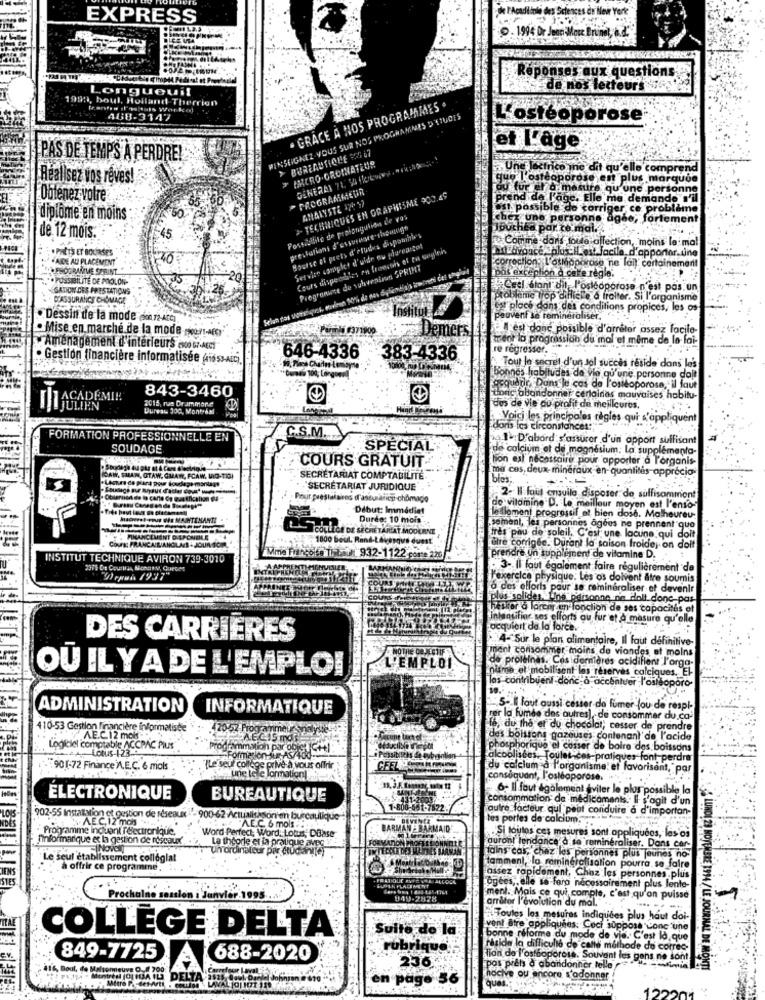
EXPRESS
. 1994 Dr Jour More Bruna, . 2.
x ques
Réponses
Longueuil
de no
1999, boul, Holland Therrien
· GRACE A NOS PROGRAMMES .
468-3147
RENSEIGNEZ-VOUS SUR NOS PROCHAINES D'ETUDES
L'ostéoporose
> BUREAUTIQUE 26 67
et L'age
PAS DE TEMPS À PERDRE!
INCRO.GROINATEUR
GENERAL 71 549C/CWWW.
Une lectrico ine dit qu'elle comprend
Réalisez vos rêves!
que l'ostéoporose en plus marque
PROGRAMMIEUR
ou fur el a mesure qu'une per
Obtenez votre
> TECHNIQUES EN GRAPHISME 900.49
ANALYSTE 170 37
prend de l'age. Elle me demande
ost possible de corriger ce problème
diplôme en moins
Possibilité de prolongation de vas
cher une personne ag
e, fortem
prestations d'assurance chounign
Jouchea par te mal ...
de 12 mois.
Bourse et prets d'etudes disponinies
Comme dans toute allection, moins lem
. PRETS ET BOCIRSE'S
Service complet d'uhie ou pureastat
Cours disponibles en lacesans et en sagleh
AIDE AU PLACEMENT
correction: L'ostéoporose ne lall' certai
***. ESOGRAMME STEINT
Programune de subvenir SPRINT
POSSIBILITÉ DE POOLON-
pas exception d cere règle.
SATION DES PRESTATIONS
Ceel étant dit l'ostéoporose n'est pas.un
D'ASSURANCE CHÔMAGE
probleme top diflicke & traiter. Si l'organisme
to place dans des conditions propices,
. Dessin de la mode (ich 72-Arc]
peuvent se remineraliser.
Mise en marche de la mode wort-Afor"
Demers
C'est donc possible d'arrêter assez facile-
teot la progression du mal et même de lo foi
Aménagement d'intérieurs (100 G7-ACC)
re régresser.
·Gestion financière informatisée (+16 St-Aic).
646-4336
383-4336
Tout le secret d'un sol succes reside dans le
bonnes habitudes de vie qu'une personne d
843-3460
acquadr. Dans le cas de l'ostéoporose, il faut
2015, rus Drammore
tions abandonner certainas mauvaises habitu-
Dureau 300, Montebal
dos de Vie au profit de meilleures.
Voici les principales règles qui s'appliquent
C.S.M
dans les circonstances:
FORMATION PROFESSIONNELLE EN
palu:D'abord s'assurer d'un apport suffisant
SOUDAGE
SPECIAL
de calcium et de magnésium; La supplemento-
COURS GRATUIT.
tion est nécessaire pour apporter a l'organis-
ma cos, deux- minéraux en quantités-apprecia
IOAW, SHAW, OTAW, GUAW, FCAW, MID-TIGI
. Lecture de para pour Ho
SECRÉTARIAT COMPTABILITÉ
bolos:
"SECRETARIAT JURIDIQUE
Pour prestataires d'assurance chongo
2- I foul crsulle disposer de suffisamment
Début: Immédiat
de vitamine D. Le meilleur moyen est l'enso-
haceest-Foug Wis MAINTENANT!
Durée: 10 mois
leilloment progressif et bien dose. Malheureu-
ICOLLEICH DE SECRETARIAT MODERNE,
Cement, les personnes agées ne prennent que
FINANCEMENT DIEPONERLE
1800 beul. Rand-Levesque dusst.
tres pau de soleil. C'est une lacune qui doit
Cours: FRANCAIRIANGLAS & JOUR SOM
tre corrigée. Durant la saison froide, on doit
INSTITUT TECHNIQUE AVIRON 739-3010
Mine Fulycolo Tibet 932-1122. poste 220
prendre Un supplément de vitamine D.
3- Il faut également faire régulièrement de
Wepas 1937"
l'exercice physique: Les os doivent être soumis
o des efforts pour se remineraliser et devenir
plus solides. Une personne ne dlalt donc pas-
hetker o forcer en fonction de ses capacités et
'inlantifine ses efforts au fur et à mesure qu'elle
acquiert da la force.
DES CARRIÈRES
.4- Sur le plan alimentaire, Il faut définitive-
ment consommer moins de viandes at moins
de proleinas. Coside
Ières ocidifient l'orga-
OU IL Y A DE L'EMPLOI
L'EMPLOI
nisme el mobilisent
serves calciques. El
las contribuent donc:d
soro-
ADMINISTRATION
INFORMATIQUE
"5- I laut aussi cester da fumer (ou de respl-
rer la fumée des autres), de consommer du.ca-
410-53 Gestion Financière informaliste
420:52 Frog
fe, du the et du chocolat; cesser de prendre
AE.C.12 mois.
AEGIS mou
des boissons gazeuses contenan! de l'acide
Logiciel comptable ACC
Lotus-123.
able ACCPAC PIUS
Programmation par obic IC+1
phosphorique el cesser de boire des boissons
Formation- As/400-
. Possibiliths de wybor
alcoolisées. Toulet-ces-pratiques font perdre
901-72 Finance ).E.C. 6 mois ".
.. Le seul college prive à vous offrir
CEEL.
du calcium a l'organisme: et favoriser
"par
une tele l
consoquant, l'ostéoporose.
NE
6- Il faut également aviler le plos possible la
ELECTRONIQUE
BUREAUTIQUE
consommation de médicaments. Il s'agit d'un
autre facteur qui peut conduire à d'importan-
902-55 Installation et gestion de réseaux . 900-62 Actualisason'en burcaulique
AEC,12 mois
tes portes de calcium ..
· Programme Inquant félectronique ..
AEC 6 mois
informarique et la gestion de réseaux ...
Word Perfect, Word, Lotus, DBase
Si toutes ces mesures sont appliquées, les os
Un ordinateur par studiar
La thgorle er la pratique aves-
auront tendance'd se reminéraliser. Dans cor-
Le seul établissement colleglat
tains cas, chez les personnes plus jeunes no-
à offrir ce programme.
tamment, lo remineralisation pourra se faire
STES
assez rapidement, Chez les personnes .plus
HULK PLACEMENT
Ogées, elle se faro nécessairement plus lente-
LUNDI 29 NOVEMBRE 1914/LE
Prochaine session 1 Janvier 1995.
949-2828
ment. Mais ce qui comple, c'est qu'on puisse
arrêter l'évolution du mal."
st qu'on puisse
Toutes les mesures indiquées plus haut doi-
COLLÈGE DELTA
Suite de la
vont être appliquées: Ceci suppose conc une
bonne réforme du mode de vie. C'est Id, que
rubrique
rasida la difficulté de calle methode do correc-
JOURNAL DE MA
ev.
849-7725
688-2020
236
tion de l'ostéoporose. Souvent les gens ne sont
416, Boul. de Maisonneuve O.# 700
Carrefour I aval
pos prêts d abandonner telle
afinal
. Metro P .- det-Art!
2525, Daul, Daniel Joh
page 56
nocive ou encore s'adonner
ques
LAVALO1 1071 150